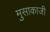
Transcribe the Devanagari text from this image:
मुसाकाजी